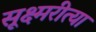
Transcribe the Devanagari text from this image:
सूक्ष्मरीत्या